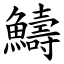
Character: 䲖